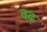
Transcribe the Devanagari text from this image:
वढ़